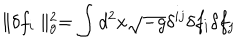
\parallel \delta f _ { i } \parallel _ { g } ^ { 2 } = \int d ^ { 2 } x \sqrt { - g } \delta ^ { i j } \delta f _ { i } \delta f _ { j }